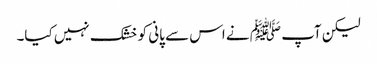
لیکن آپ ﷺ نے اس سے پانی کو خشک نہیں کیا۔